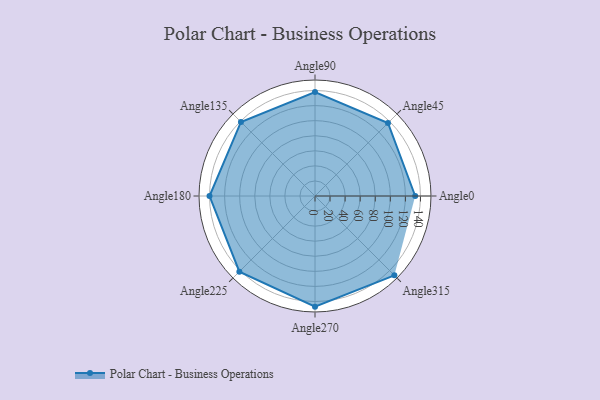
{"axis": {"x": "Angle", "y": "Radius"}, "legend": [""], "data": [{"x": "Angle0", "y": 133.0, "type": ""}, {"x": "Angle45", "y": 137.0, "type": ""}, {"x": "Angle90", "y": 138.0, "type": ""}, {"x": "Angle135", "y": 139.0, "type": ""}, {"x": "Angle180", "y": 140.0, "type": ""}, {"x": "Angle225", "y": 142.0, "type": ""}, {"x": "Angle270", "y": 147.0, "type": ""}, {"x": "Angle315", "y": 149.0, "type": ""}]}